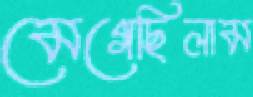
মেগেছিলাম